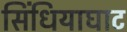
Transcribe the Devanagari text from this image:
सिंधियाघाट